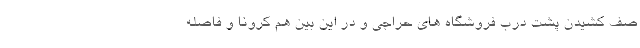
صف کشیدن پشت درب فروشگاه های حراجی و در این بین هم کرونا و فاصله